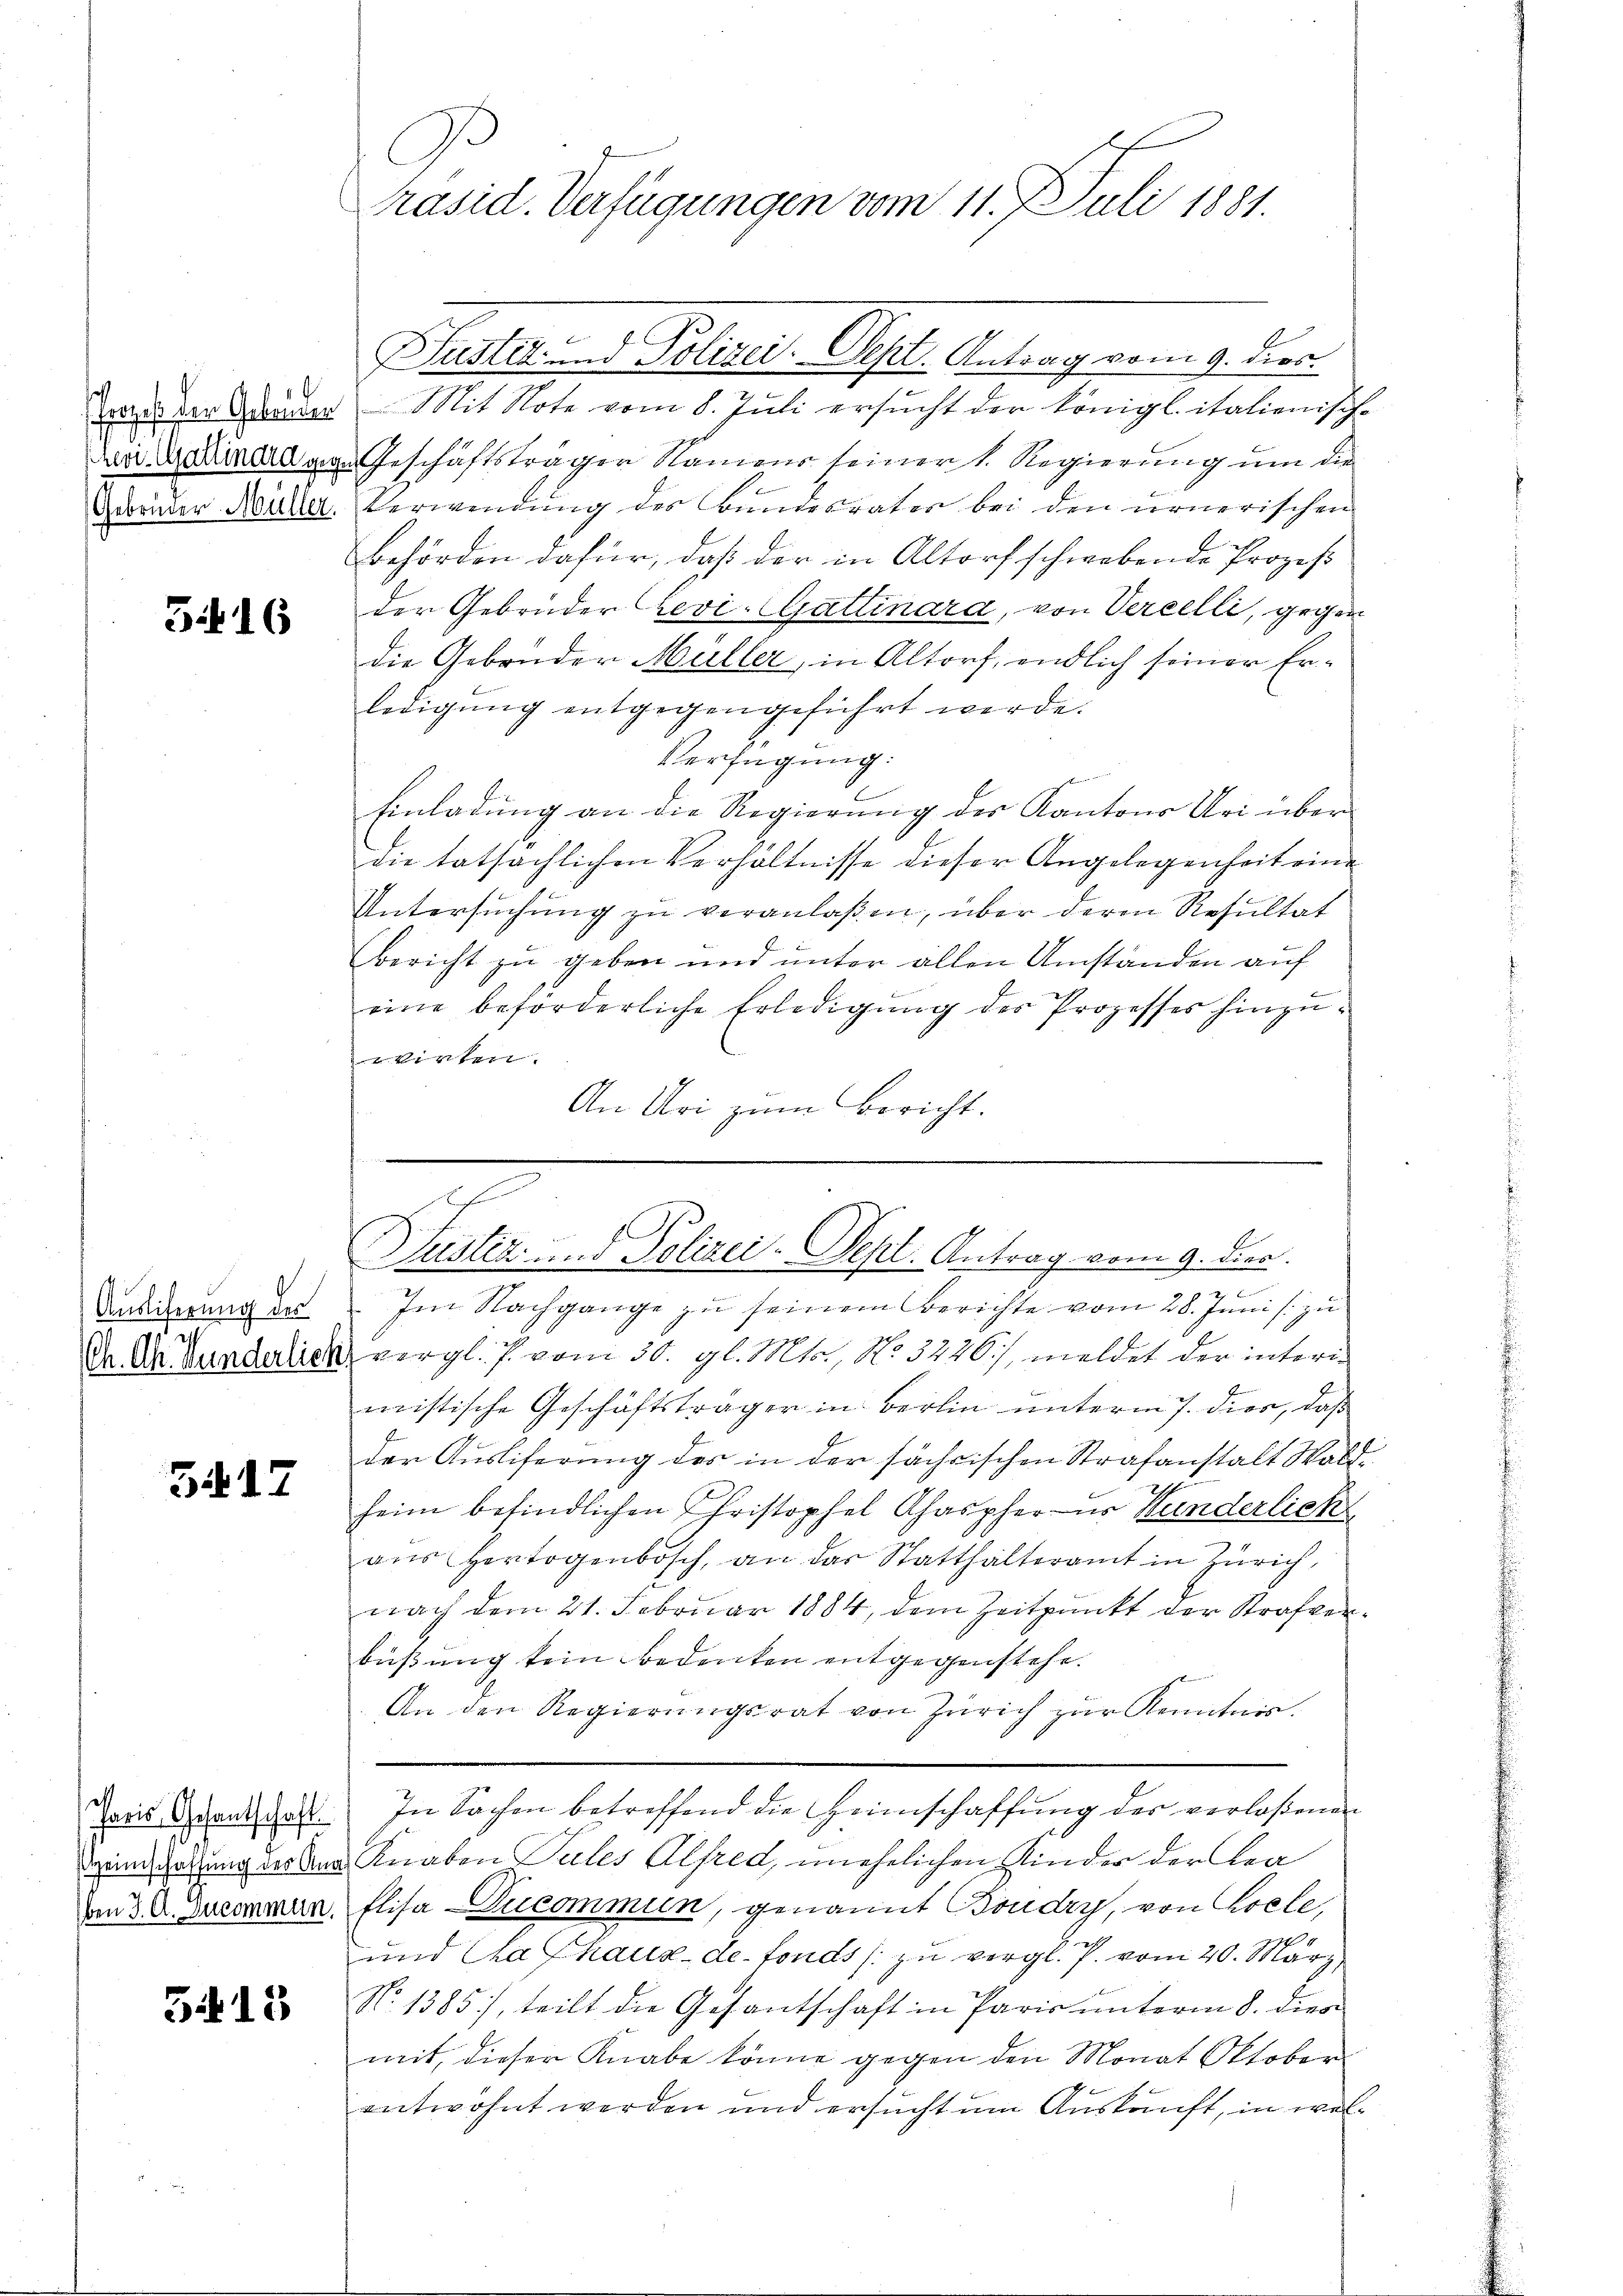
.

5416

Auslieferung der
d
(Ch. Ah. Bunderlich

5417

5413

haris Gesantschaft
Heimschaffung der Ana
ben J. A. Ducommun

A
Präsid. Verfügungen vom 11. J. Juli 1881.

Justiz- und Polizei. Sept. Antrag vom 9. dies.
Tone der Gener Mit Note vom 8. Juli ersucht der Königl. italienische
Da. Badena von Geschäftsträger Namens seinert. Regierung um die
Geränder Mouler. Verwendung des Bundesrates bei den urnerischen
Behörden dafür, daß der in Altorf schwebende Prozeß
der Gebrüder Revi-CGattinara, von Vereelli, gegen
die Gebrüder Müller, in Altorf, endlich seiner Erledigŭng entgegengeführt werde.
Verfügung:
t
Einladŭng an die Regierŭng des Kantons Uri über
die tatsächlichen Verhältnisse dieser Angelegenheit eine
Untersuchung zu veranlaßen, über deren Resultat
bericht zu geben und unter allen Umständen auf
eine beförderliche Erledigung des Prozesses hinzuvirten.
An Uri zum Bericht.

d
Im Nachgange zu seinem Berichte vom 28. Juni / zu
vergl. P. vom 30. gl. Mts., N. 3226), meldet der interimistische Geschäftsträger in Berlin unterm 7. dies, daß
der Auslieferung des in der sächsischen Strafanstalt Wald
heim befindlichen Christophel Ahaspher u. Handerlicht
aŭs Hertogenbosch, an das Statthalteramt in Zürich,
nach dem 21. Februar 1884, dem Zeitpunkt der Strafverbüßung kein Bedenken entgegenstehe.
2
An den Regierŭngsrat von Zürich zŭr Kenntnis.
In Sachen betreffend die Heimschaffung der verlaßenen
Knaben Tales Alfred, unehrlichen Kinder der Kra
Elisa Ducommun, genannt Boudry, von Coele,
und Cathaus de fonds zu vergl. P. vom 20. März,
No 1385), teilt die Gesantschaft in Paris unterm 8. dies
mit, dieser Knabe könne gegen den Monat Oktober
entwöhnt werden und ersucht um Auskunft, in wel¬

h
e
Justiz und Polizei-Sept. Antrag vom 9. dier.